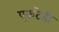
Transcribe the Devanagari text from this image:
एकटेही